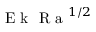
\textrm { E k } \textrm { R a } ^ { 1 / 2 }